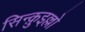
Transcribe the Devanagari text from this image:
सिन्क़ुइल्लो